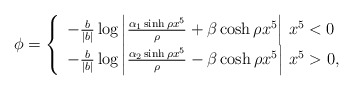
\begin{align*}\phi = \left\{\begin{array}{l}-\frac{b}{|b|}\log\left| \frac{\alpha_1\sinh \rho x^5}{\rho}+\beta\cosh\rho x^5\right|\, x^5 < 0\\-\frac{b}{|b|}\log\left| \frac{\alpha_2\sinh \rho x^5}{\rho}-\beta\cosh\rho x^5\right|\, x^5 > 0, \end{array}\right.\end{align*}